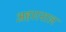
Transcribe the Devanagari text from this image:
अहारनाल